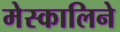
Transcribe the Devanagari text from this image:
मेस्कालिने